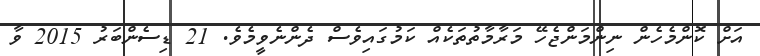
އަށް ކޮންމެހެން ނިންމަންޖެހޭ މަރާމާތުތަކެއް ކަމުގައިވެސް ދެންނެވީމެވެ. 21 ޑިސެންބަރު 2015 ވާ